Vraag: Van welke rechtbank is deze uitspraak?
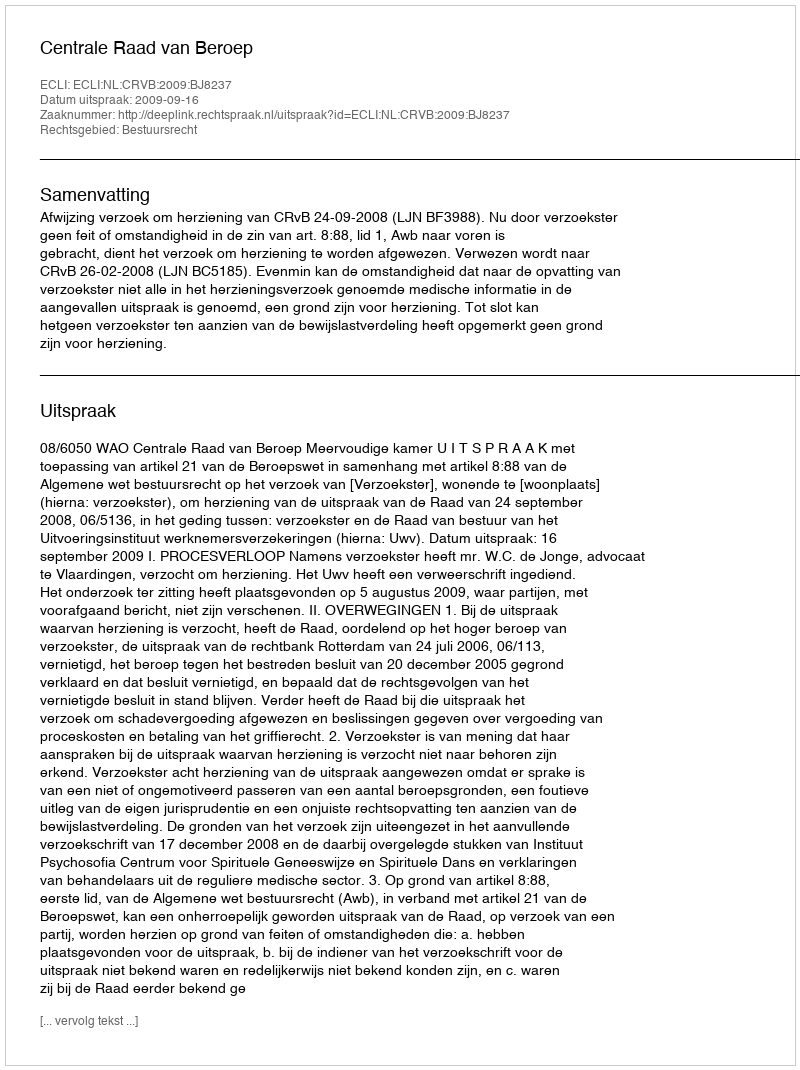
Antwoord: Centrale Raad van Beroep